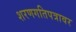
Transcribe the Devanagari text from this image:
शरणगतिपत्रावर